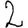
Digit: 2